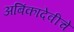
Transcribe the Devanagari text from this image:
अबिंकादेवीचे